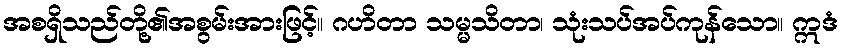
အစရှိသည်တို့၏အစွမ်းအားဖြင့်။ ဂဟိတာ သမ္မသိတာ၊ သုံးသပ်အပ်ကုန်သော။ ဣဒံ